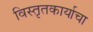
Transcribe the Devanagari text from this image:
विस्तृतकार्याचा